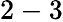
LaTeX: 2-3